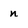
Character: n